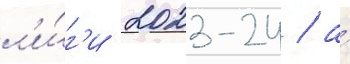
л'и́г'и 2023-24 / а́